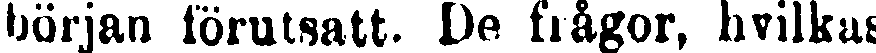
början förutsatt. De frågor, hvilkas